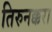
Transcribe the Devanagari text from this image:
तिरुनक्करा